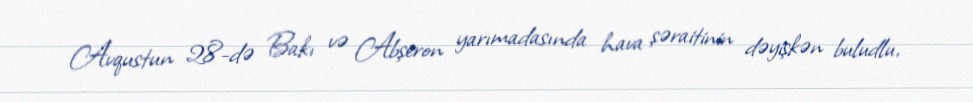
Avqustun 28-də Bakı və Abşeron yarımadasında hava şəraitinin dəyişkən buludlu,